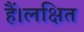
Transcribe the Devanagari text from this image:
हैं।लक्षित